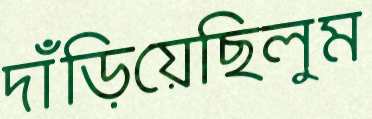
দাঁড়িয়েছিলুম